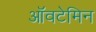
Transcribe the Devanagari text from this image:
ऑवटेमिन